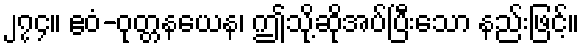
၂၇၄။ ဧဝံ-ဝုတ္တနယေန၊ ဤသို့ဆိုအပ်ပြီးသော နည်းဖြင့်။